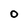
Character: 0